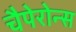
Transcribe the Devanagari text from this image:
चैपेरोन्स